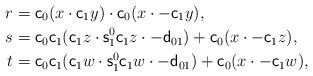
LaTeX: \begin{align*}r& = {\sf c}_0(x\cdot {\sf c}_1y)\cdot {\sf c}_0(x\cdot -{\sf c}_1y),\\s& = {\sf c}_0{\sf c}_1({\sf c}_1z\cdot {\sf s}^0_1{\sf c}_1z\cdot -{\sf d}_{01}) + {\sf c}_0(x\cdot -{\sf c}_1z),\\t &= {\sf c}_0{\sf c}_1({\sf c}_1w\cdot {\sf s}^0_1{\sf c}_1w\cdot -{\sf d}_{01}) + {\sf c}_0(x\cdot -{\sf c}_1w),\end{align*}